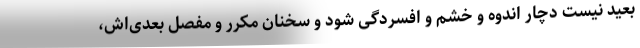
بعید نیست دچار اندوه و خشم و افسردگی شود و سخنان مکرر و مفصل بعدی‌اش،